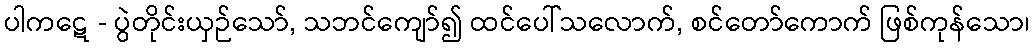
ပါကဋေ - ပွဲတိုင်းယှဉ်သော်, သဘင်ကျော်၍ ထင်ပေါ်သလောက်, စင်တော်ကောက် ဖြစ်ကုန်သော၊